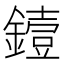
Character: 𬬅